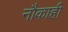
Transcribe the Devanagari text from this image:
नौकाही